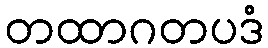
တထာဂတပဒံ